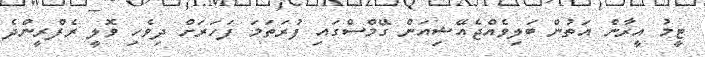
ޓީމު އީރާން އަތުން ބަލިވެއްޖެއޭޝިއަން ގޭމްސްގައި ފުރަތަމަ ފަހަރަށް ދިވެހި ވޮލީ ރެފްރީންދެ